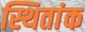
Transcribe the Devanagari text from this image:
स्थितांक